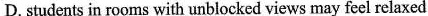
D. students in rooms with unblocked views may feel relaxed